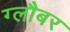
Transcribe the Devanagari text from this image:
ग्लौबर